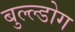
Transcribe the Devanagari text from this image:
बुल्ल्डोग